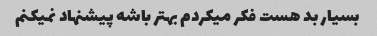
بسیار بد هست فکر میکردم بهتر باشه پیشنهاد نمیکنم